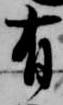
有